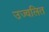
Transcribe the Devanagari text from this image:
उज्वलित